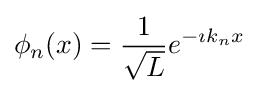
\phi _{n}(x)={\frac {1}{\sqrt {L}}}e^{-\imath k_{n}x}